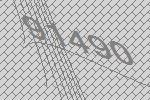
91490